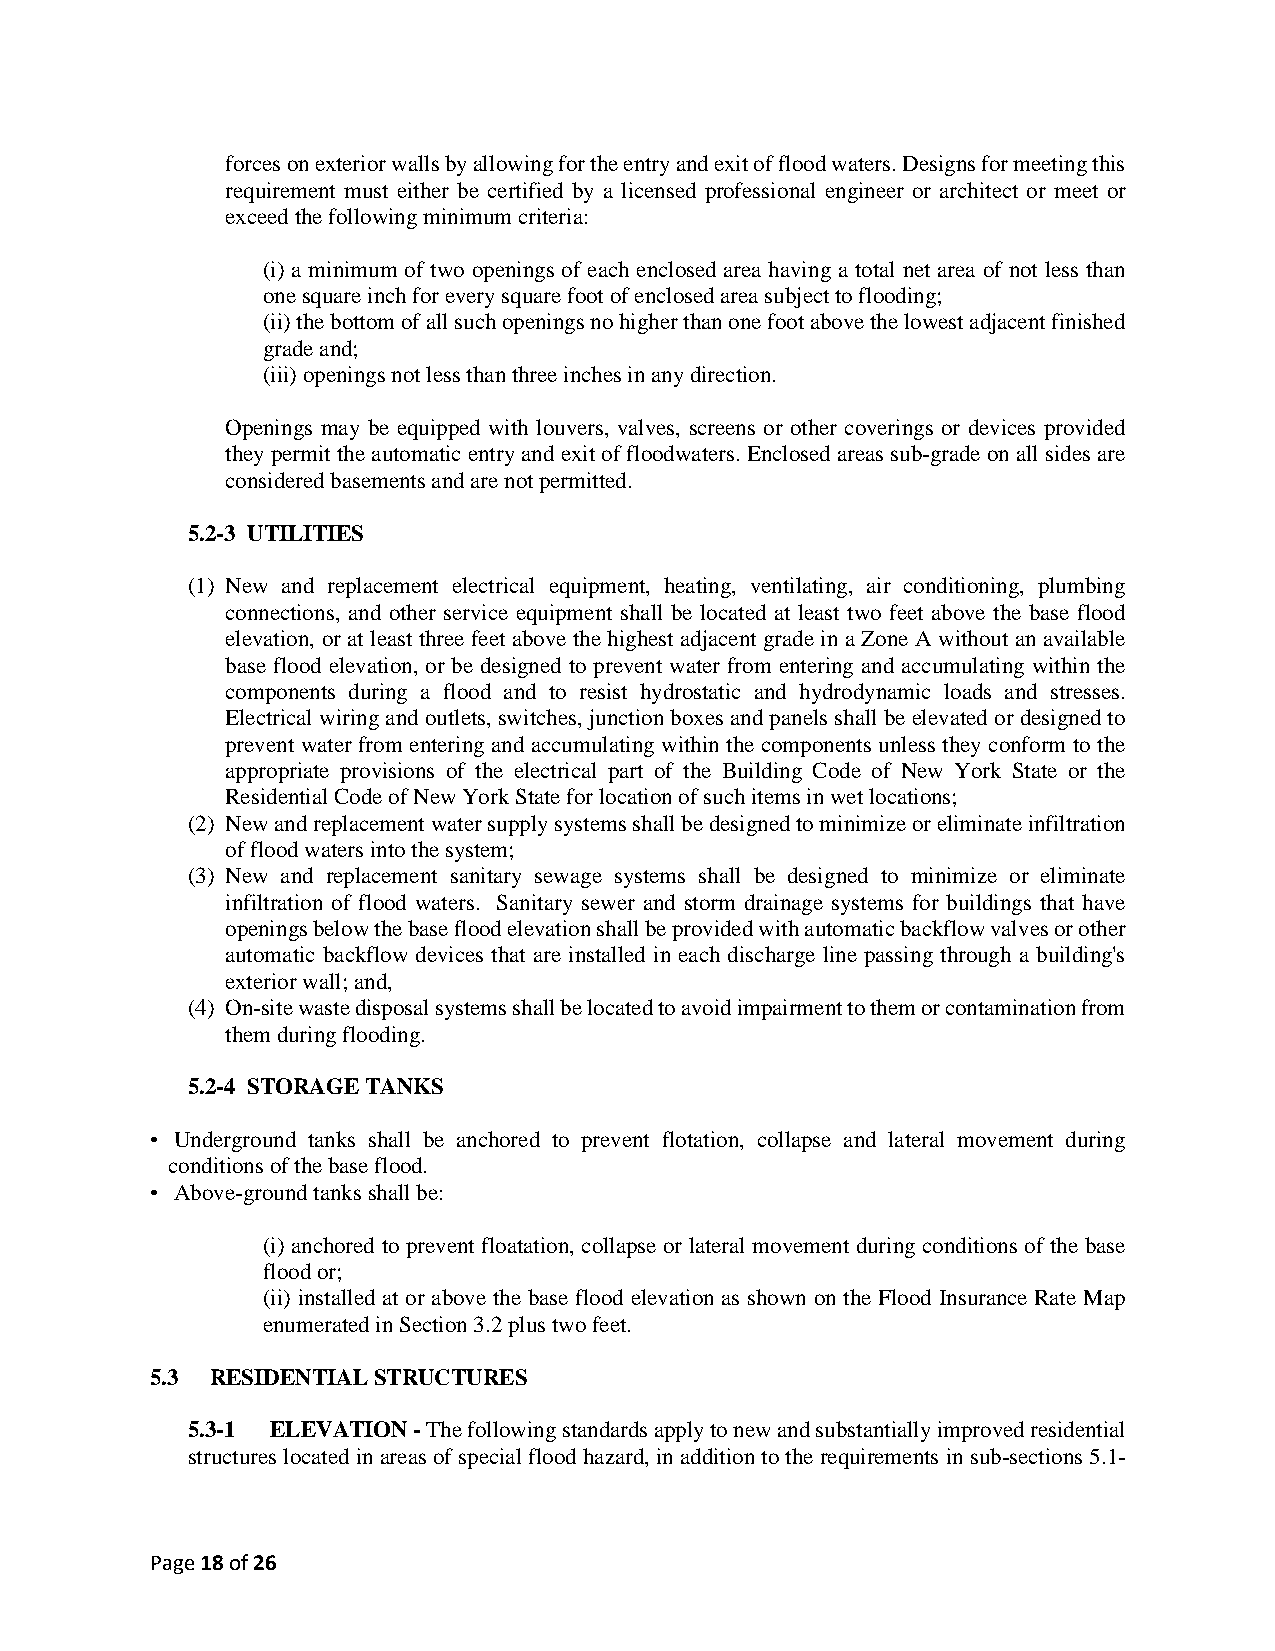
forces on exterior walls by allowing for the entry and exit of flood waters. Designs for meeting this
 requirement must either be certified by a licensed professional engineer or architect or meet or
 exceed the following minimum criteria:
 (i) a minimum of two openings of each enclosed area having a total net area of not less than
 one square inch for every square foot of enclosed area subject to flooding;
 (ii) the bottom of all such openings no higher than one foot above the lowest adjacent finished
 grade and;
 (iii) openings not less than three inches in any direction.
 Openings may be equipped with louvers, valves, screens or other coverings or devices provided
 they permit the automatic entry and exit of floodwaters. Enclosed areas sub-grade on all sides are
 considered basements and are not permitted.
 5.2-3 UTILITIES
 (1) New and replacement electrical equipment, heating, ventilating, air conditioning, plumbing
 connections, and other service equipment shall be located at least two feet above the base flood
 elevation, or at least three feet above the highest adjacent grade in a Zone A without an available
 base flood elevation, or be designed to prevent water from entering and accumulating within the
 components during a flood and to resist hydrostatic and hydrodynamic loads and stresses.
 Electrical wiring and outlets, switches, junction boxes and panels shall be elevated or designed to
 prevent water from entering and accumulating within the components unless they conform to the
 appropriate provisions of the electrical part of the Building Code of New York State or the
 Residential Code of New York State for location of such items in wet locations;
 (2) New and replacement water supply systems shall be designed to minimize or eliminate infiltration
 of flood waters into the system;
 (3) New and replacement sanitary sewage systems shall be designed to minimize or eliminate
 infiltration of flood waters. Sanitary sewer and storm drainage systems for buildings that have
 openings below the base flood elevation shall be provided with automatic backflow valves or other
 automatic backflow devices that are installed in each discharge line passing through a building's
 exterior wall; and,
 (4) On-site waste disposal systems shall be located to avoid impairment to them or contamination from
 them during flooding.
 5.2-4 STORAGE TANKS
 • Underground tanks shall be anchored to prevent flotation, collapse and lateral movement during
 conditions of the base flood.
 • Above-ground tanks shall be:
 (i) anchored to prevent floatation, collapse or lateral movement during conditions of the base
 flood or;
 (ii) installed at or above the base flood elevation as shown on the Flood Insurance Rate Map
 enumerated in Section 3.2 plus two feet.
 5.3 RESIDENTIAL STRUCTURES
 5.3-1 ELEVATION - The following standards apply to new and substantially improved residential
 structures located in areas of special flood hazard, in addition to the requirements in sub-sections 5.1-
 Page 18 of 26